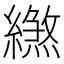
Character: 繺